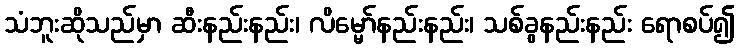
သံဘူးဆိုသည်မှာ ဆီးနည်းနည်း၊ လိမ္မော်နည်းနည်း၊ သစ်ခွနည်းနည်း ရောစပ်၍